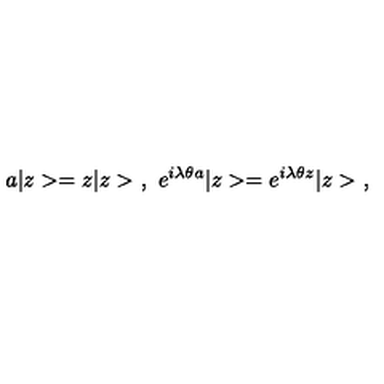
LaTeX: a | z > = z | z > \ , \ e ^ { i \lambda \theta a } | z > = e ^ { i \lambda \theta z } | z > \ ,